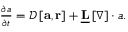
\begin{array} { r } { \frac { \partial \boldsymbol { a } } { \partial t } = \mathcal { D } \left[ \mathbf { a } , \mathbf { r } \right] + \underline { { \mathbf { L } } } \left[ \boldsymbol { \nabla } \right] \cdot \boldsymbol { a } . } \end{array}